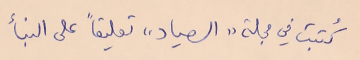
كُتبت في مجلة "الصياد" تعليقاً على النبأ